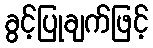
ခွင့်ပြုချက်ဖြင့်